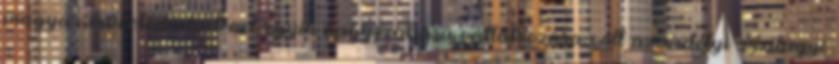
magyar művelődéstörténet egyik nagyszabású vállalkozása volt az erdélyi Szilágyi